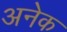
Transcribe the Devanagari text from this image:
अनेेक